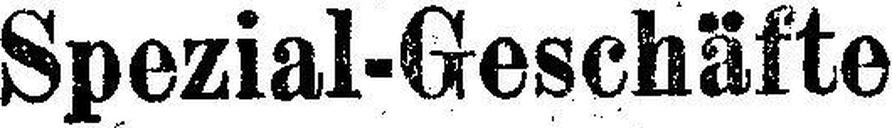
Spezial-Geschäfte